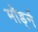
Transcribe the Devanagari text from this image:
मॉर्ड्न